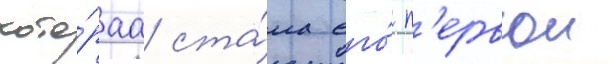
кото́раа ста́ла его́ п'ервои